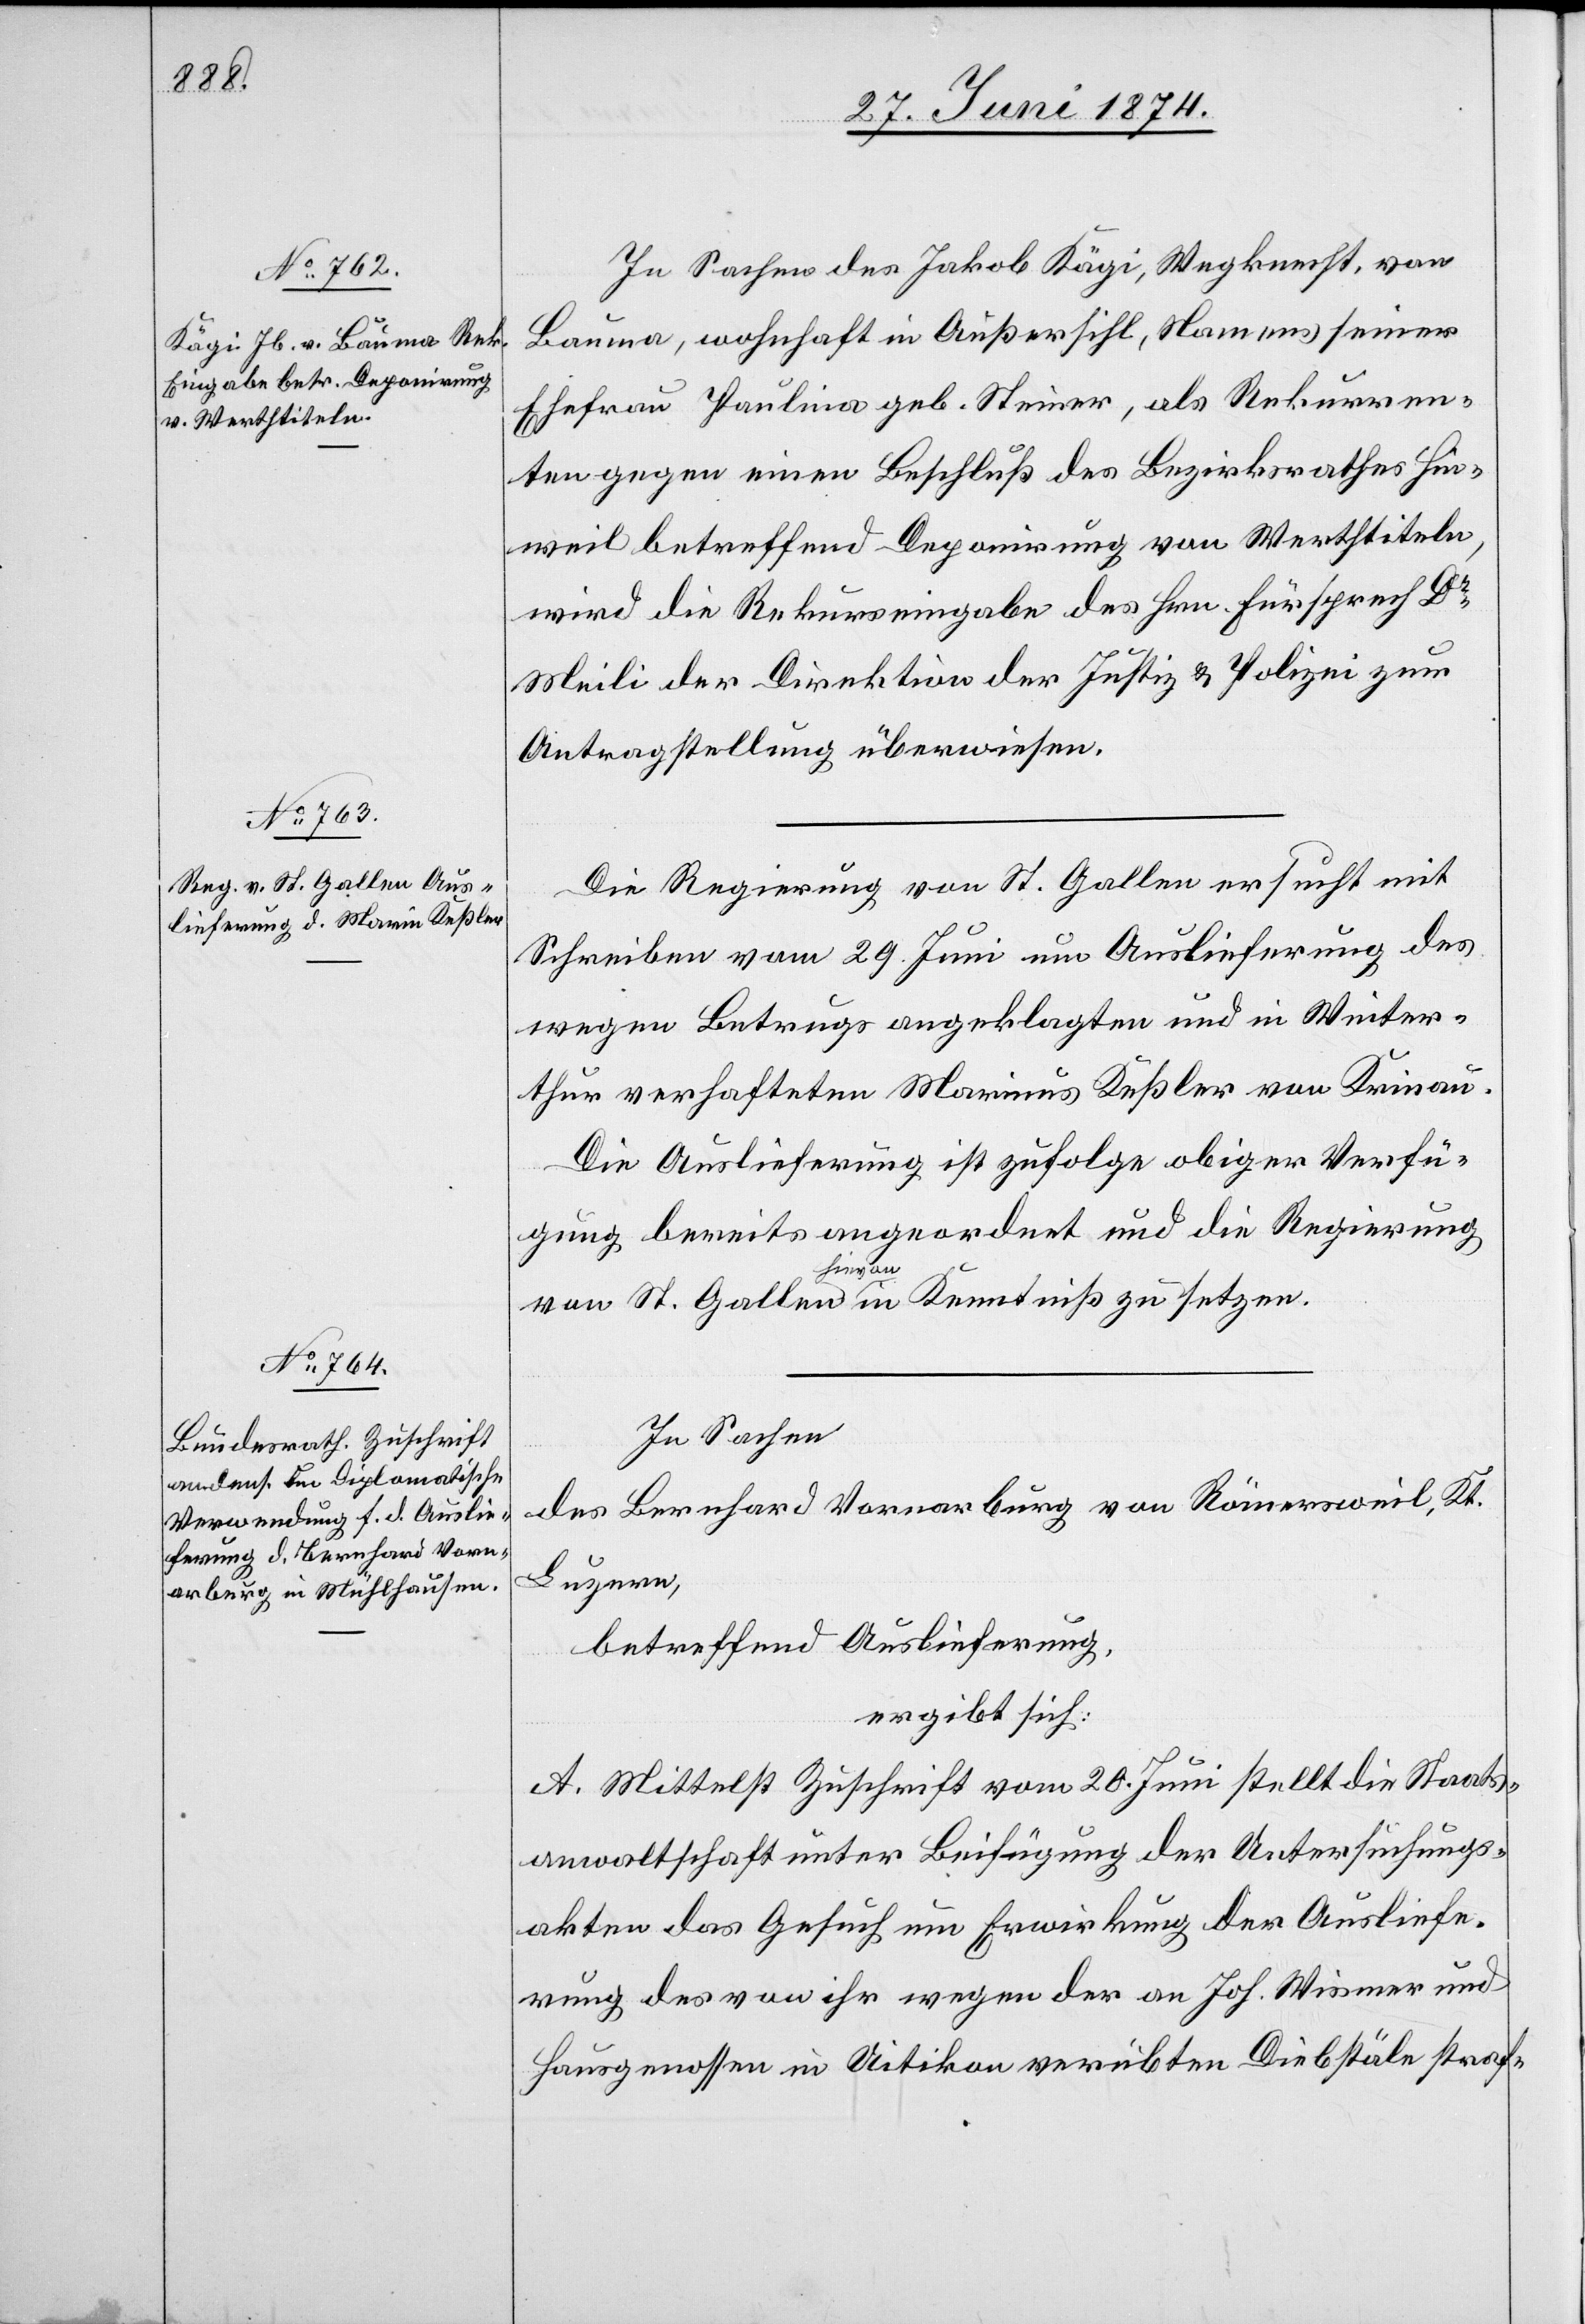
2. Juli 1874.]
In Sachen des Jakob Kägi, Wegknecht, von
Bauma, wohnhaft in Außersihl, Namens seiner
Ehefrau Paulina geb. Steiner, als Rekurren¬
ten gegen einen Beschluß des Bezirksrathes Hin¬
weil betreffend Deponirung von Werthtiteln,
wird die Rekurseingabe des Hrn. Fürsprech Dr
Meili der Direktion der Justiz u. Polizei zur
Antragstellung überwiesen.
Die Regierung von St. Gallen ersucht mit
Schreiben vom 29. Juni um Auslieferung des
wegen Betrugs angeklagten und in Winter¬
thur verhafteten Marinus [sic!] Keßler von Krinau.
Die Auslieferung ist zufolge obiger Verfü¬
gung bereits angeordnet und die Regierung
von St. Gallen hievon in Kenntniß zu setzen.
In Sachen
des Bernhard Vornarburg von Römersweil, Kt.
Luzern,
betreffend Auslieferung,
ergibt sich:
A. Mittelst Zuschrift vom 20. Juni stellt die Staats¬
anwaltschaft unter Beifügung der Untersuchungs¬
akten das Gesuch um Erwirkung der Ausliefe¬
rung des von ihr wegen der an Joh. Wismer und
Hausgenossen in Uitikon verübten Diebstäle straf-